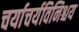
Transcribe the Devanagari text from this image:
चर्याचर्यविनिश्चय